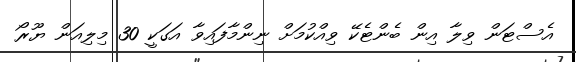
އެސްޓަން ވިލާ އިން ބެންޓެކޭ ވިއްކުމަށް ނިންމާފައިވާ އަގަކީ 30 މިލިއަން ޔޫރޯ